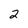
Character: 2